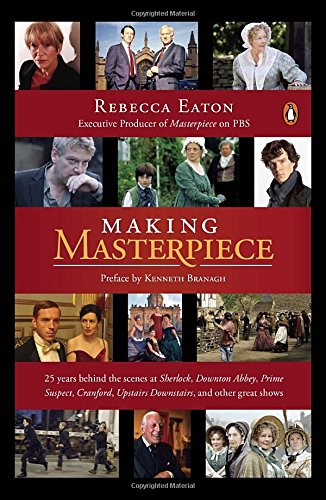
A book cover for Making Masterpiece: 25 Years Behind the Scenes at Sherlock, Downton Abbey, Prime Suspect, Cranford, Upstairs Downstairs, and Other Great Shows; Rebecca Eaton; Biographies & Memoirs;